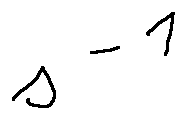
s ^ { - 1 }